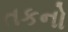
તકનો